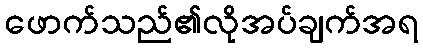
ဖောက်သည်၏လိုအပ်ချက်အရ